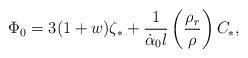
LaTeX: \begin{align*}\Phi_0=3(1+w) \zeta_{\ast}+\frac{1}{\dot{\alpha}_0 l} \left(\frac{\rho_r}{\rho} \right) C_{\ast},\end{align*}